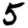
Digit: 5